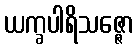
ယက္ခပါရိသဇ္ဇော